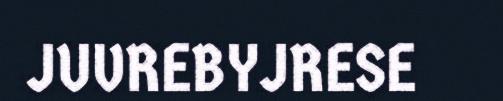
JUVREBYJRESE